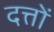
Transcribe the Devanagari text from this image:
दत्तों